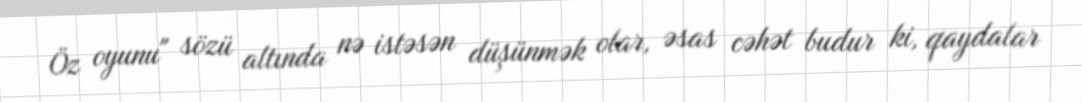
Öz oyunu" sözü altında nə istəsən düşünmək olar, əsas cəhət budur ki, qaydalar